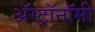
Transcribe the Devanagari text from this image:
अॅस्ट्रॉनॉमी